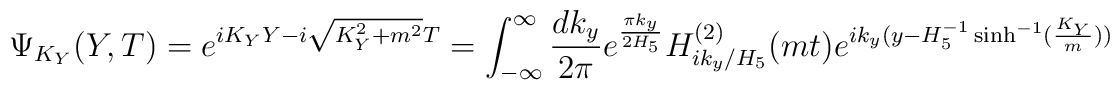
\Psi_{K_Y}(Y,T)=e^{iK_Y Y-i \sqrt{K_Y^2+m^2} T}=\int_{-\infty}^{\infty} \frac{dk_y}{2 \pi} e^{\pi k_y\over 2 H_5} H^{(2)}_{i k_y/H_5}(mt)	e^{ik_y (y-H_5^{-1} \sinh^{-1}(\frac{K_Y}{m}))}